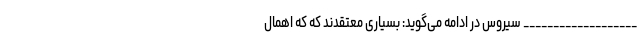
___________________ سیروس در ادامه می‌گوید: بسیاری معتقدند که که اهمال